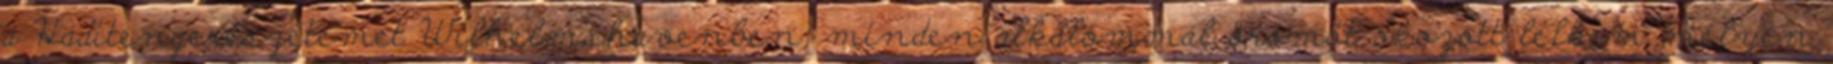
a Haditengerészetemet Wilhelmshavenben, minden alkalommal örömöt okozott lelkem mélyén